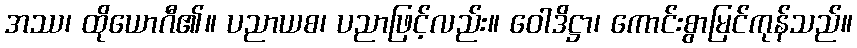
အဿ၊ ထိုယောဂီ၏။ ပညာယစ၊ ပညာဖြင့်လည်း။ ဝေါဒိဋ္ဌာ၊ ကောင်းစွာမြင်ကုန်သည်။